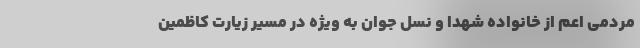
مردمی اعم از خانواده شهدا و نسل جوان به ویژه در مسیر زیارت کاظمین